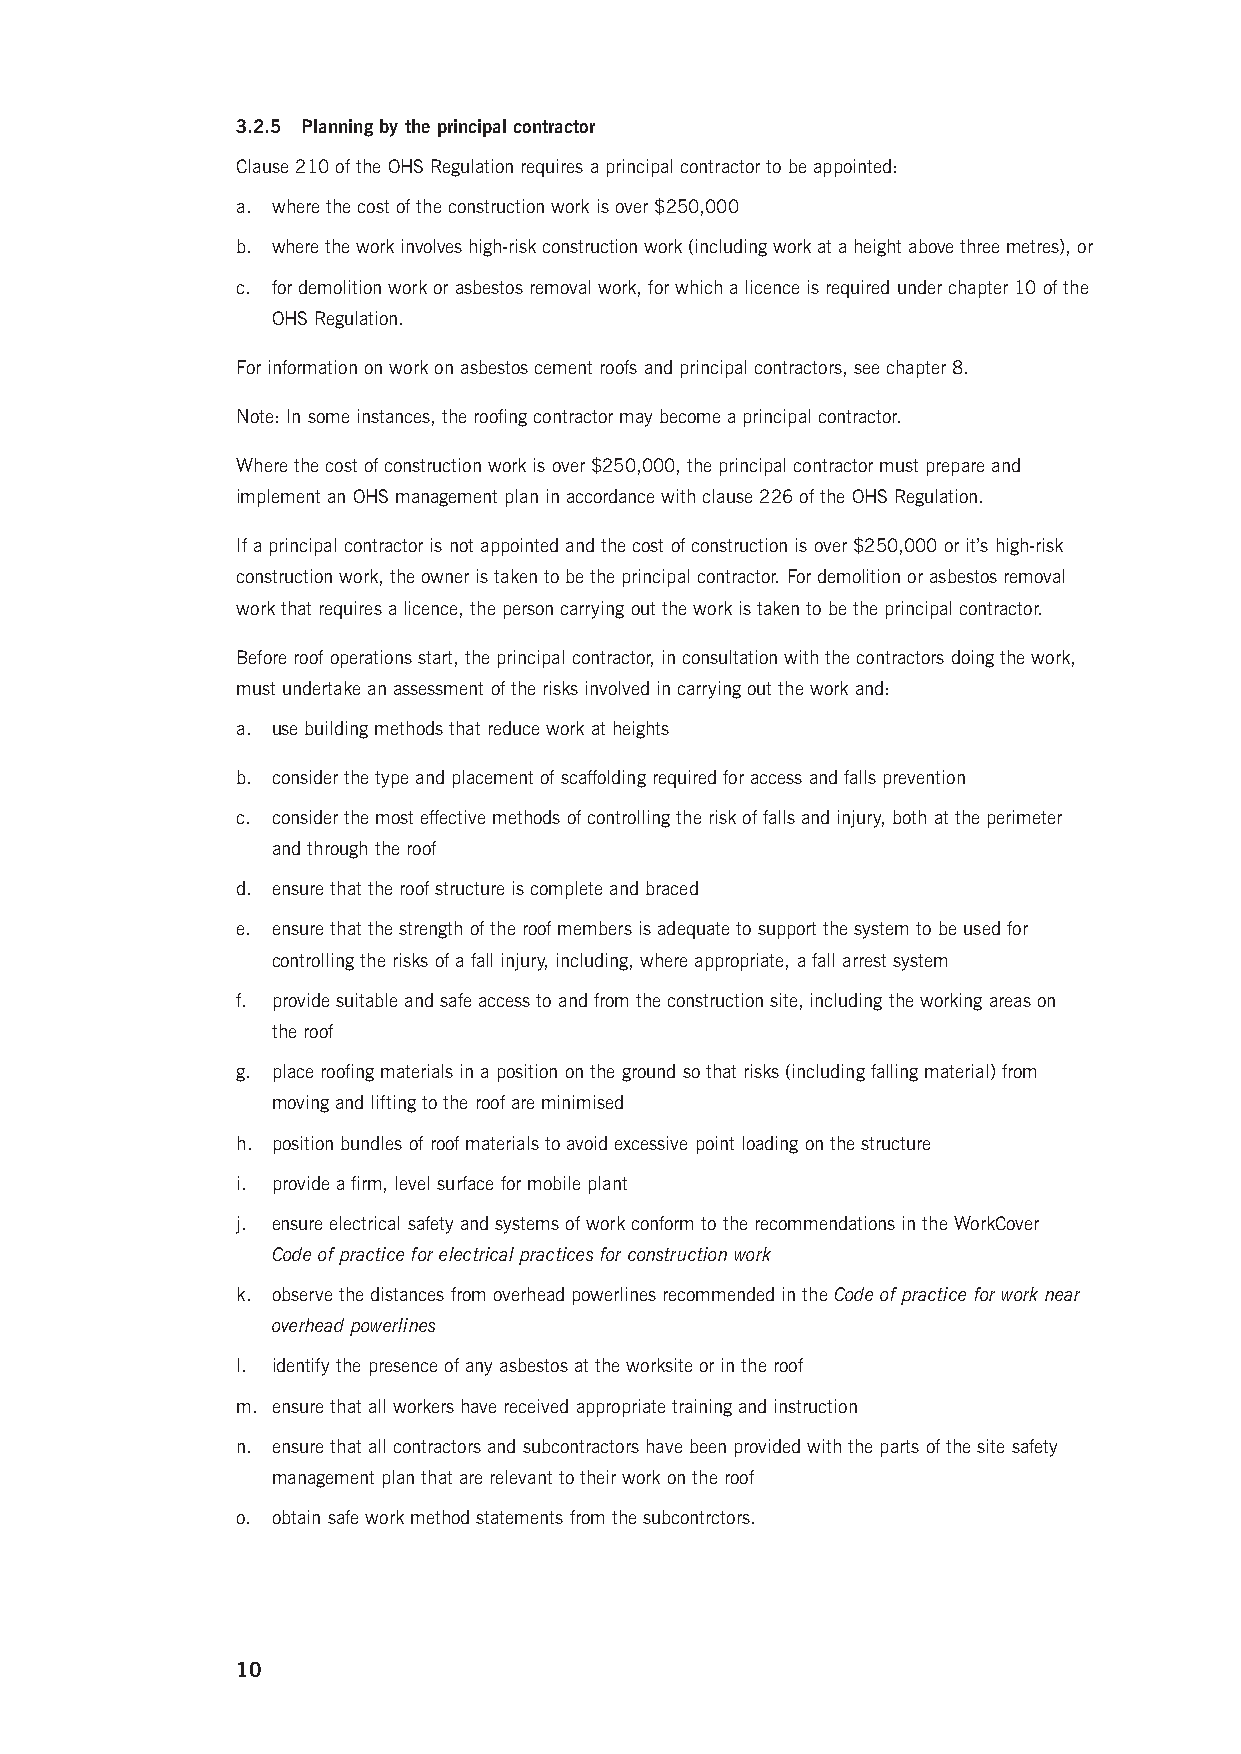
3.2.5 Planning by the principal contractor
 Clause 210 of the OHS Regulation requires a principal contractor to be appointed:
 a. where the cost of the construction work is over $250,000
 b. w here the work involves high-risk construction work (including work at a height above three metres), or
 c. for demolition work or asbestos removal work, for which a licence is required under chapter 10 of the
 OHS Regulation.
 For information on work on asbestos cement roofs and principal contractors, see chapter 8.
 Note: In some instances, the roofing contractor may become a principal contractor.
 Where the cost of construction work is over $250,000, the principal contractor must prepare and
 implement an OHS management plan in accordance with clause 226 of the OHS Regulation.
 If a principal contractor is not appointed and the cost of construction is over $250,000 or it’s high-risk
 construction work, the owner is taken to be the principal contractor. For demolition or asbestos removal
 work that requires a licence, the person carrying out the work is taken to be the principal contractor.
 Before roof operations start, the principal contractor, in consultation with the contractors doing the work,
 must undertake an assessment of the risks involved in carrying out the work and:
 a. use building methods that reduce work at heights
 b. consider the type and placement of scaffolding required for access and falls prevention
 c. consider the most effective methods of controlling the risk of falls and injury, both at the perimeter
 and through the roof
 d. ensure that the roof structure is complete and braced
 e. ensure that the strength of the roof members is adequate to support the system to be used for
 controlling the risks of a fall injury, including, where appropriate, a fall arrest system
 f. provide suitable and safe access to and from the construction site, including the working areas on
 the roof
 g. place roofing materials in a position on the ground so that risks (including falling material) from
 moving and lifting to the roof are minimised
 h. position bundles of roof materials to avoid excessive point loading on the structure
 i. provide a firm, level surface for mobile plant
 j. ensure electrical safety and systems of work conform to the recommendations in the WorkCover
 Code of practice for electrical practices for construction work
 k. observe the distances from overhead powerlines recommended in the Code of practice for work near
 overhead powerlines
 l. identify the presence of any asbestos at the worksite or in the roof
 m. ensure that all workers have received appropriate training and instruction
 n. ensure that all contractors and subcontractors have been provided with the parts of the site safety
 management plan that are relevant to their work on the roof
 o. obtain safe work method statements from the subcontrctors.
 10